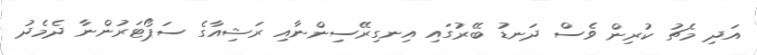
އަދި މެޗު ކުރިން ވެސް ދަނޑު ބޭރުގައި އިނގިރޭސިންނާއި ރަޝިއާގެ ސަޕޯޓަރުންނާ ދެމެދު